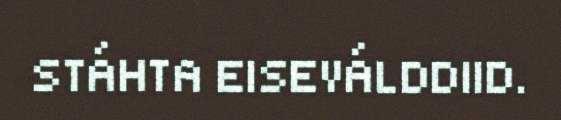
STÁHTA EISEVÁLDDIID.